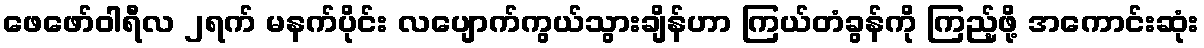
ဖေဖော်ဝါရီလ ၂ရက် မနက်ပိုင်း လပျောက်ကွယ်သွားချိန်ဟာ ကြယ်တံခွန်ကို ကြည့်ဖို့ အကောင်းဆုံး